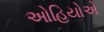
ઓહિયોએ